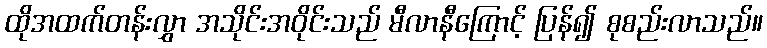
ထိုအထက်တန်းလွှာ အသိုင်းအဝိုင်းသည် မီလာနီကြောင့် ပြန်၍ စုစည်းလာသည်။